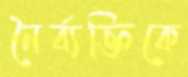
নৈর্ব্যক্তিকে